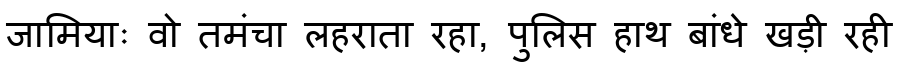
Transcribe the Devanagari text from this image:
जामियाः वो तमंचा लहराता रहा, पुलिस हाथ बांधे खड़ी रही